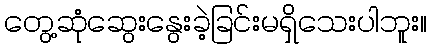
တွေ့ဆုံဆွေးနွေးခဲ့ခြင်းမရှိသေးပါဘူး။